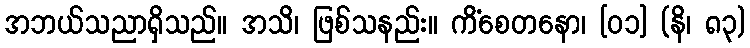
အဘယ်သညာရှိသည်။ အသိ၊ ဖြစ်သနည်း။ ကိံစေတနော၊ [၀၁] (နိ၊ ၈၃)